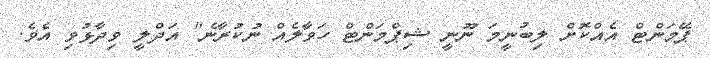
ޕޭމަންޓް އެއްކޮށް ލިބުނީމަ ނޫނީ ޝިޕްމަންޓް ހަވާލެއް ނުކުރާނެ" އަދްލީ ވިދާޅުވި އެވެ.